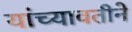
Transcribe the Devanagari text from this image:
यांच्यावतीने